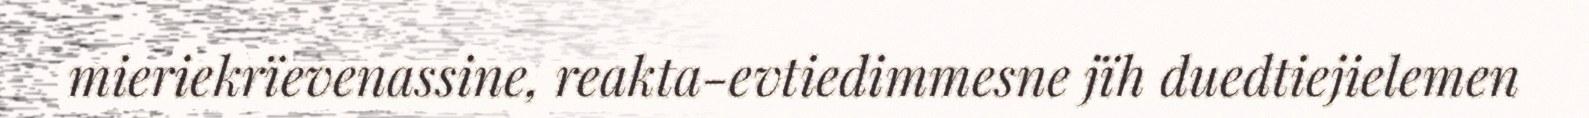
mieriekrïevenassine, reakta-evtiedimmesne jïh duedtiejielemen